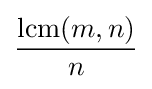
\operatorname {lcm} (m,n) \over n